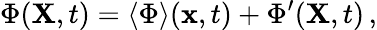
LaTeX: \Phi({\mathbf{X}},t)=\langle{\Phi}\rangle({\mathbf{x}},t)+\Phi^{\prime}({\mathbf{X}},t)\, ,